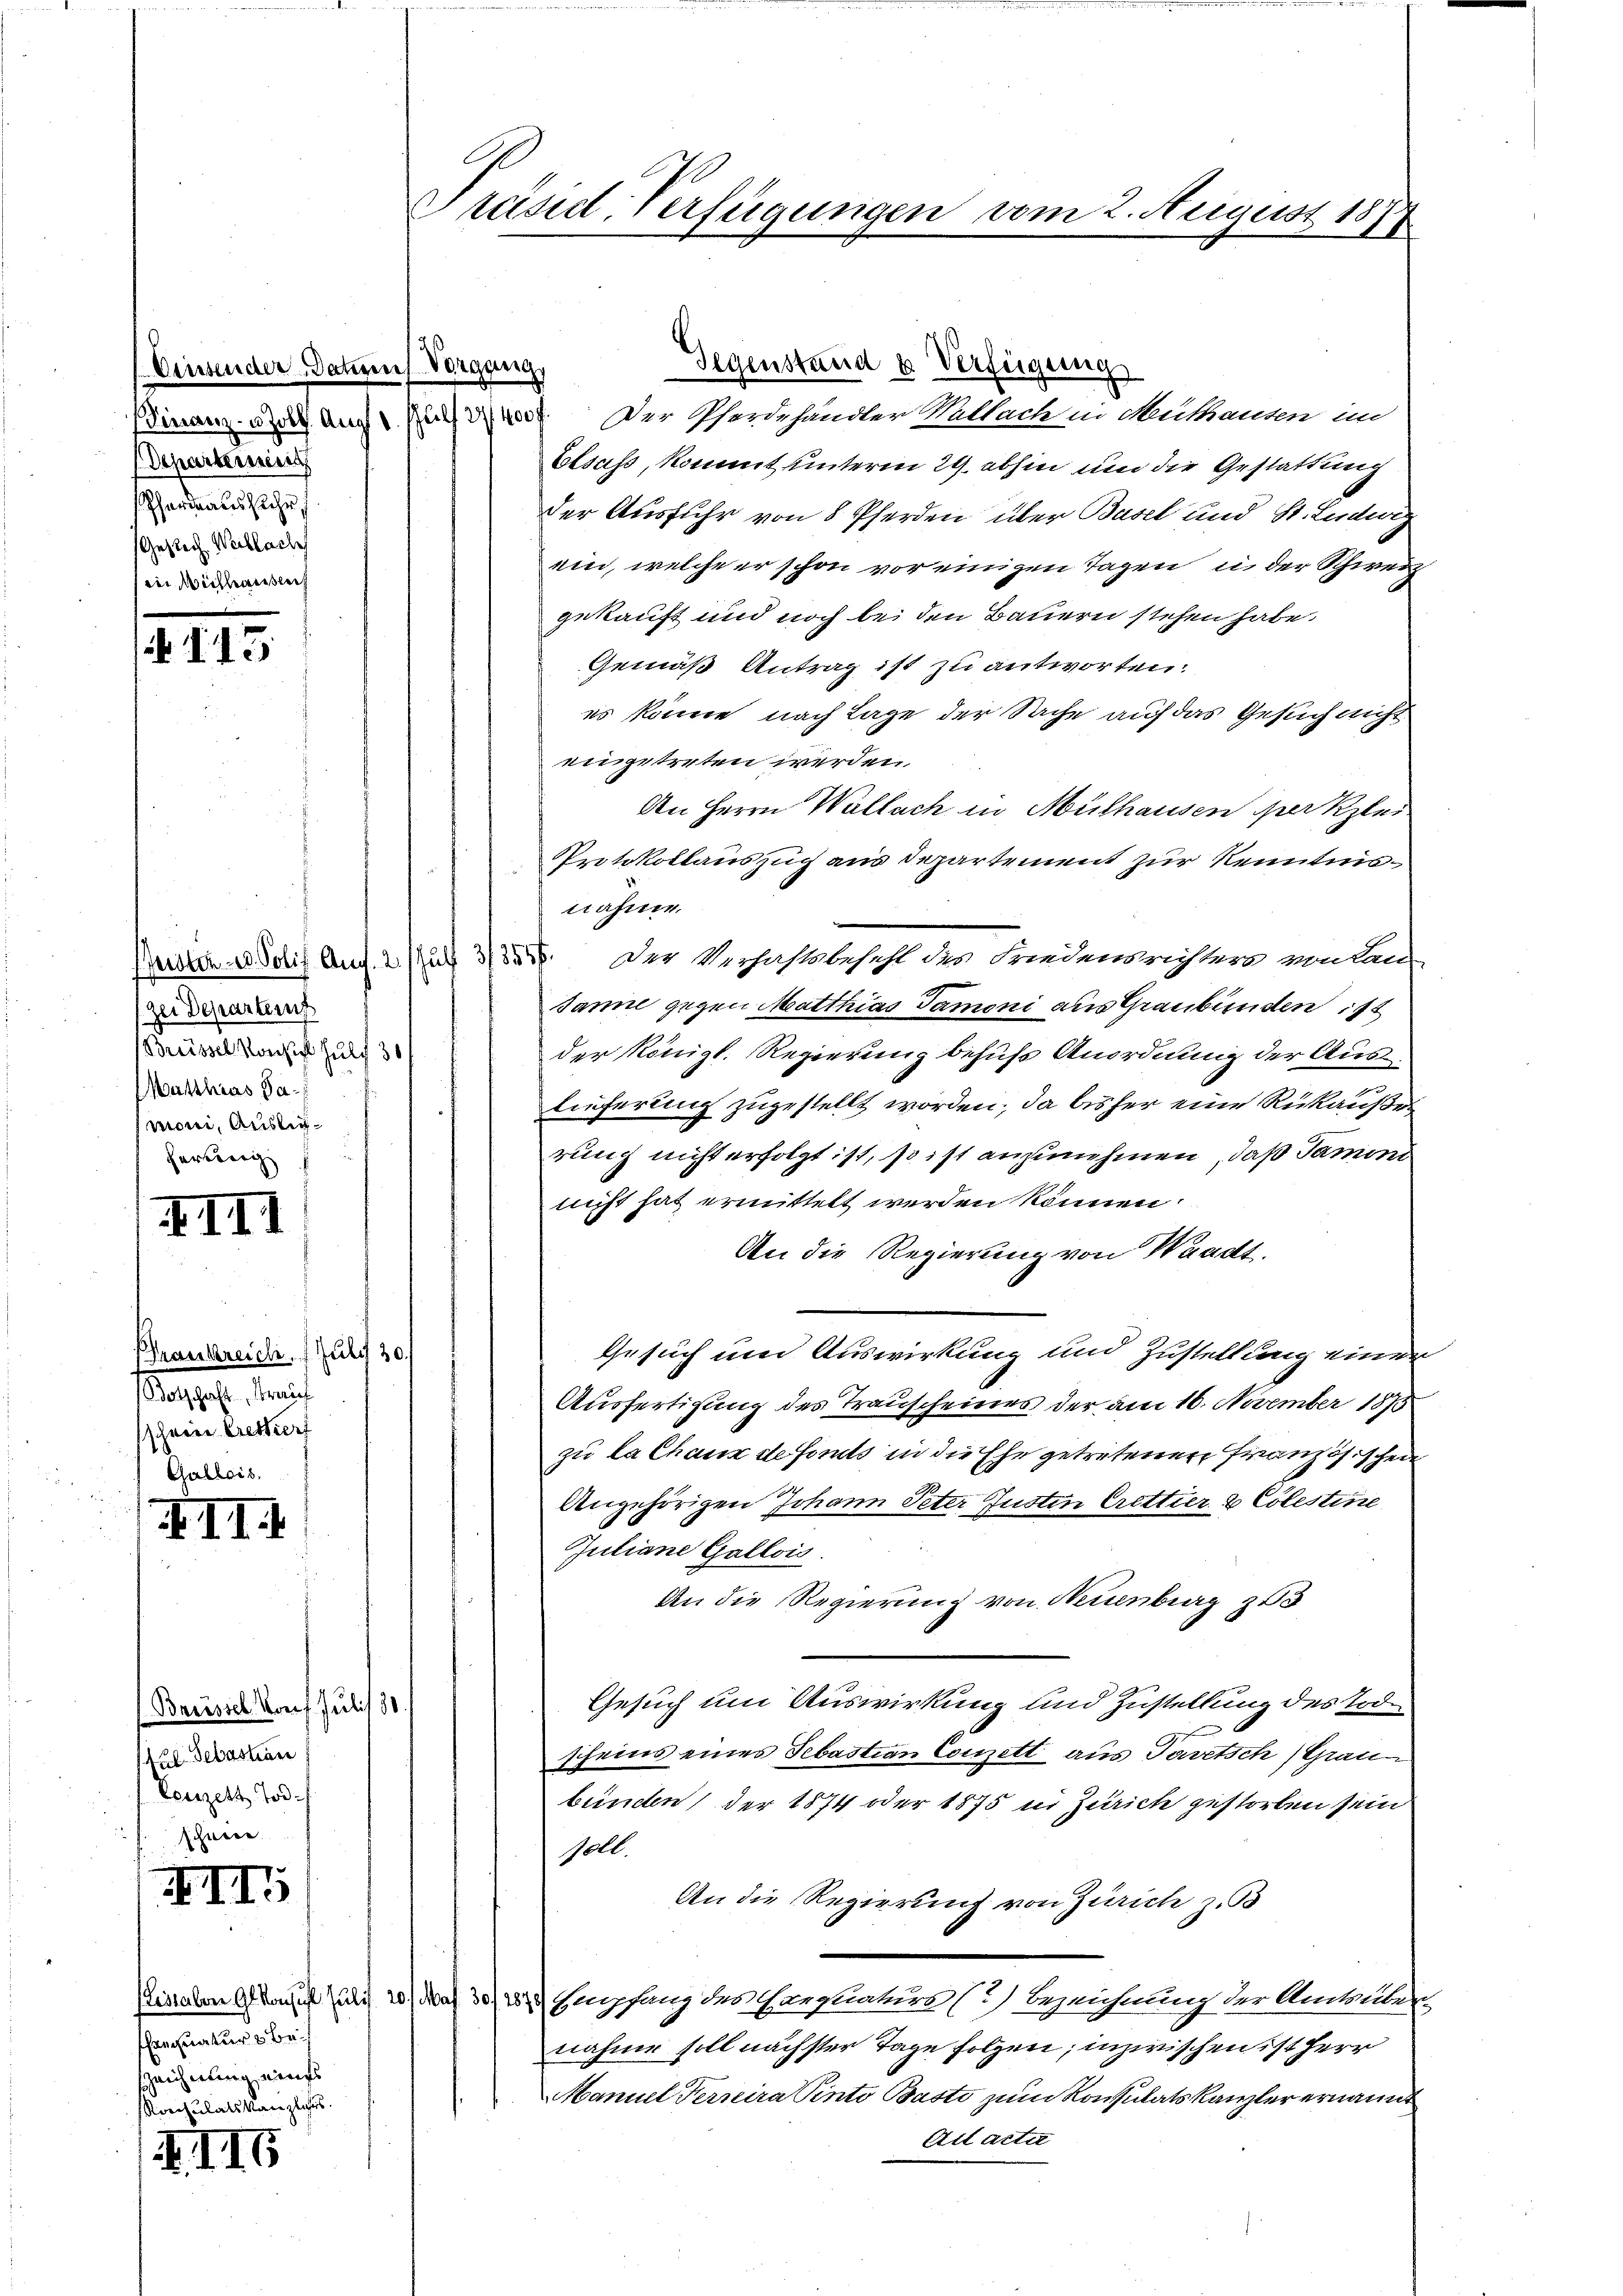
Einsender Datumes Vorgang
d
Separtement
Phardraus sehr,
Gesrech Wahlach
ein Mittheile

113

zer Departen
Brüssel Konste Juli 30/
Matthias Samoni, Auslieherwenig

IIII

Krankreich, 1 Juli 30.
Botschaft, Strauf
schwere Bretterf
Galleis
. II.

Barissel von Juli 30.
1120. Sebastian
Lenzelt Tod.
schneee.

XII

nnatur bes
szeicherung eines
Ronsulatskanzliches.

II6

Präsid-Verfügungen vom 2. August 1874

Gegenstand u Verfügung

Sinam und auch zu Der Pferdehandler Kallach in Muthausen im
Elsass, kommt unterm 29. abhin und die Gestattung
der Ausfuhr von 8 Pferden über Basel und St. Ludwig
ein, welche er schon vor einigen Tagen in der Schweiz
gekauft und noch bei den Bauern stehen habe.
Gemäß Antrag ist zu antworten.
es könne, nach Lage der Sache auf das Gesuch nicht
eingetreten werden.
An Herrn Wallach in Mülhausen erklei
Protokollauszug aus Departement zur Kenntnisnähme.
Preisten Solif Auf 2. Just 3/355. Der Verhaftsbeschl des Friedensrichter von Land-
Janne gegen Matthias Tamoni aus Graubünden ist
der Königl. Regierung behufs Anordnung der Auslieferung zugestellt worden; da bisher eine Rükaußes
rung nicht erfolgt ist, so ist anzunehmen, daß Tamini
nicht hat ermittelt werden können.
An die Regierung von Waadt,
Gesuch um Auswirkung und Zustellung einer
Ausfertigung des Trauscheines der am 16. November 1875
zu la Chaux de forts in die Ehe getretenen Französischen
Angehörigen Johann Peter Justin Crettier & Cölestine
Juliane Gallois.
An die Regierung von Neuenburg zu 3
Gesuch um Auswirkung und Zustellung des Tod.
scheins eines Sebastian Comett aus Tavetsch) Graubünden der 1874 oder 1875 in Zürich gestorben sein
soll.
An die Regierung von Zürich z. B.
siaten Gli 20. No 30/12 Empfang der Hanfnaturs (2) Bezeichnung der Antruld-
nahme soll nächster Tage folgen; inzwischen ist Herr
Manuel Ferreira Pinto Basti zum Konsulatskanzler ernannt
Attacte